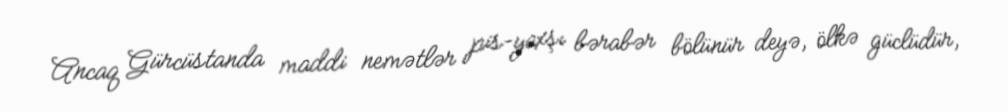
Ancaq Gürcüstanda maddi nemətlər pis-yaxşı bərabər bölünür deyə, ölkə güclüdür,